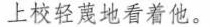
上校轻蔑地看着他。